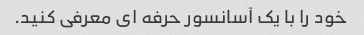
خود را با یک آسانسور حرفه ای معرفی کنید.